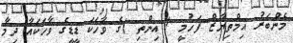
މެންބަރު އިމްތިޔާޒް ފަހުމީ ( އިންތި )ގެ ވާހަކަ ޑީޑީގެ ވާހަކައާ ދިމާ